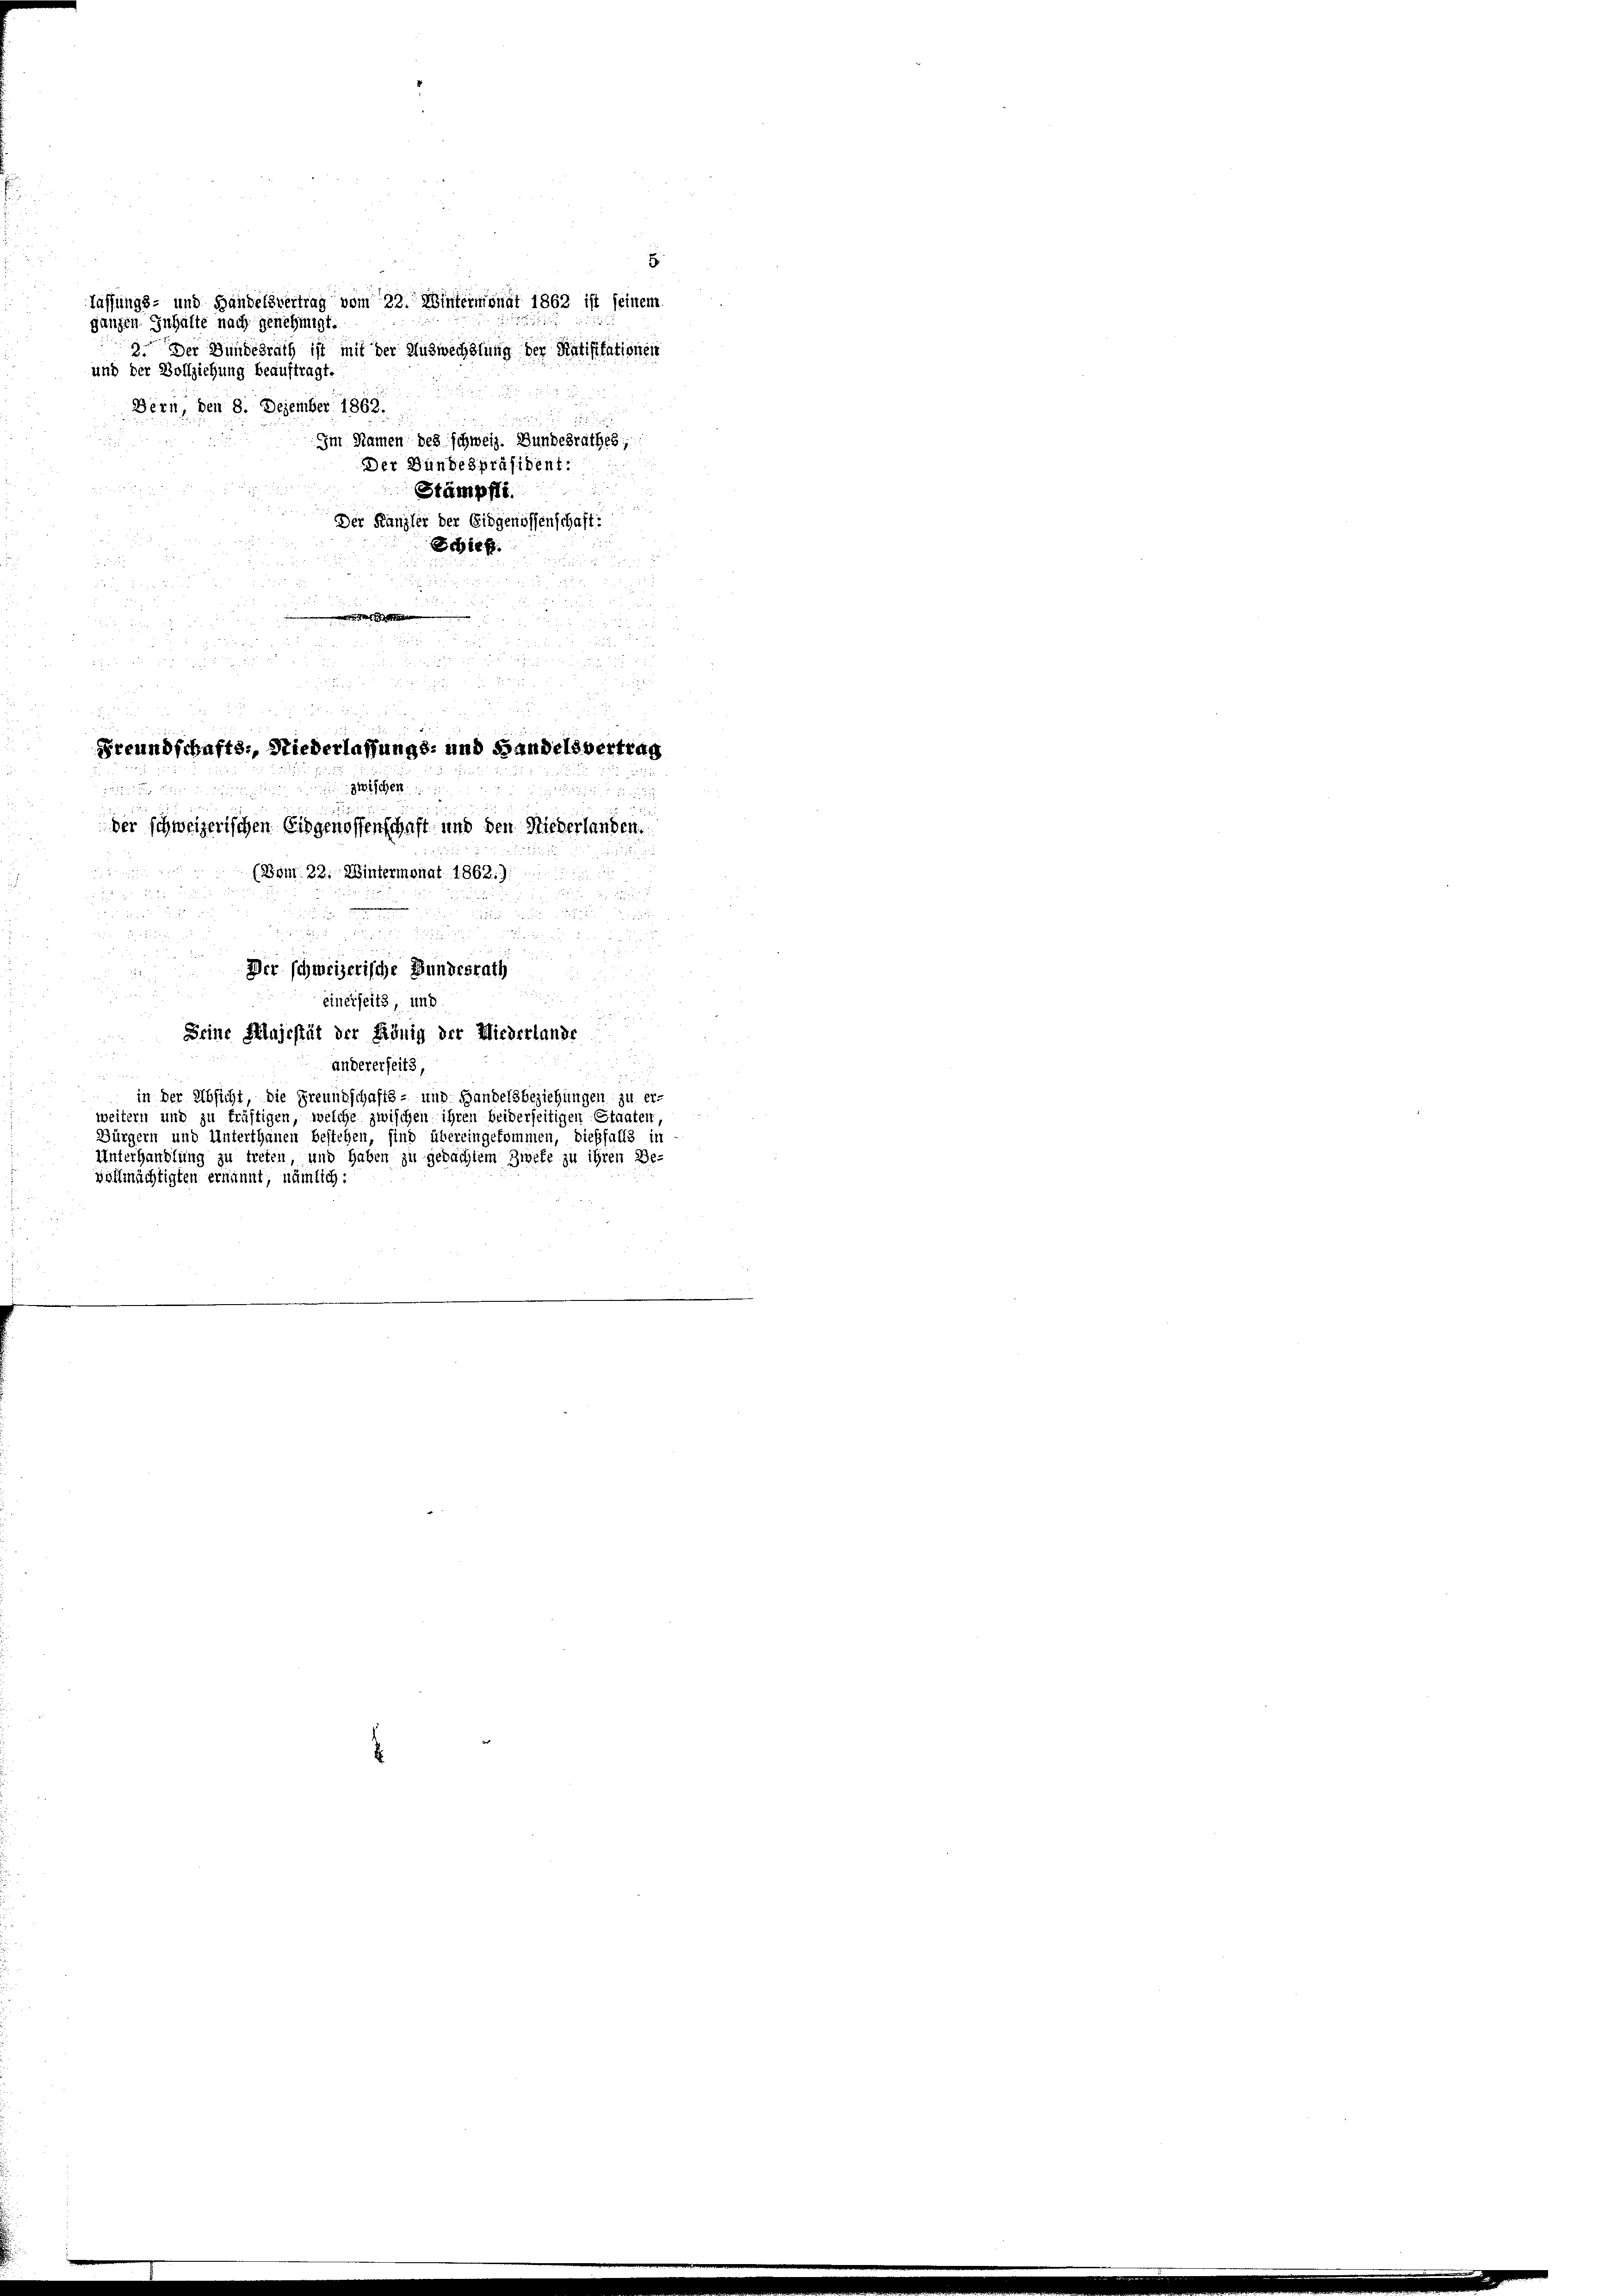
lassungs- und Handelsvertrag vom 22. Wintermonat 1862 ist seinem
ganzen Inhalte nach genehmigt.
2. Der Bundesrath ist mit der Auswechslung der Ratifikationen
und der Vollziehung beauftragt.
Bern, den 8. Dezember 1862.
Im Namen des schweiz. Bundesrathes;
Der Bundespräsident:

Stämpfte.
Der Kanzler der Eidgenossenschaft:
d
Schieht.
s

 4 x

i

i

Freundschafts-, Niederlassungs- und Handelsvertrag

zwischen

der schweizerischen Eidgenossenschaft und den Niederlanden.
(Böm. 22. Wintermonat 1862.):
1

 2

 20 x
xx
Der schweizerische Bundesrath

u
5

einerseits, und

Seine Majestät der König der Miederlande
andererseits,
i
in der Absicht, die Freundschafts- und Handelsbeziehungen zu erweitern und zu fräftigen, welche zwischen ihren beiderseitigen Staaten,
Bürgern und Unterthanen bestehen, sind übereingekommen, dießfalls in
Unterhandlung zu treten und haben zu gedachtem Zweke zu ihren Be-
vollmächtigten ernannt, nämlich:

.